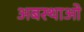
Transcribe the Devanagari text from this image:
अबस्थाओ